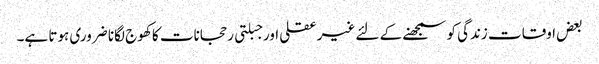
بعض اوقات زندگی کو سمجھنے کے لئے غیرعقلی اور جبلتی رحجانات کا کھوج لگانا ضروری ہوتا ہے۔